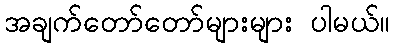
အချက်တော်တော်များများ ပါမယ်။